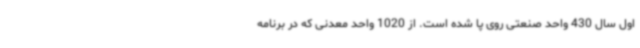
اول سال 430 واحد صنعتی روی پا شده است. از 1020 واحد معدنی که در برنامه